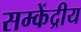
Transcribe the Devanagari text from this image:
सम्केंद्रीय